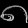
Digit: ၈